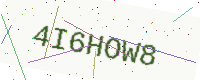
Text: 4I6HOW8